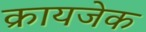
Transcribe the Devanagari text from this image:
क्रायजेक